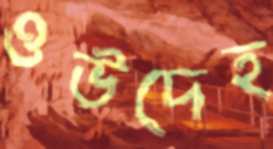
ওউদেহ